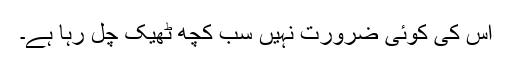
اس کی کوئی ضرورت نہیں سب کچھ ٹھیک چل رہا ہے۔